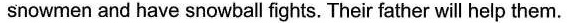
snowmen and have snowball fights. Their father ill help them.